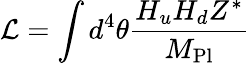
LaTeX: {\cal L}=\int d^{4}\theta{\frac{H_{u}H_{d}Z^{*}}{M_{\mathrm{Pl}}}}